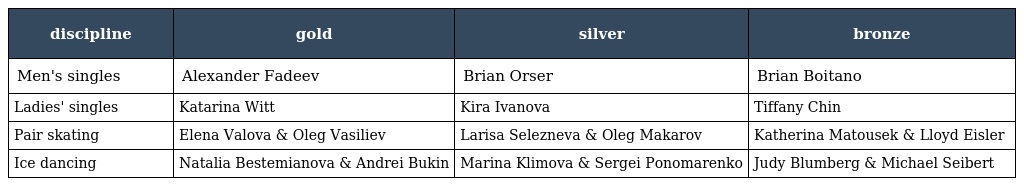
| discipline | gold | silver | bronze |
 | --- | --- | --- | --- |
 | Men's singles | Alexander Fadeev | Brian Orser | Brian Boitano |
 | Ladies' singles | Katarina Witt | Kira Ivanova | Tiffany Chin |
 | Pair skating | Elena Valova & Oleg Vasiliev | Larisa Selezneva & Oleg Makarov | Katherina Matousek & Lloyd Eisler |
 | Ice dancing | Natalia Bestemianova & Andrei Bukin | Marina Klimova & Sergei Ponomarenko | Judy Blumberg & Michael Seibert |